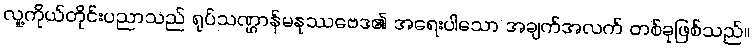
လူ့ကိုယ်တိုင်းပညာသည် ရုပ်သဏ္ဌာန်မနုဿဗေဒ၏ အရေးပါသော အချက်အလက် တစ်ခုဖြစ်သည်။